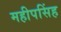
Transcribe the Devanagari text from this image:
महीपसिंह